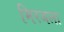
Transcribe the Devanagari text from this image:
मिरजला